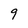
Character: 9